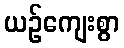
ယဉ်ကျေးစွာ